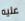
عليه